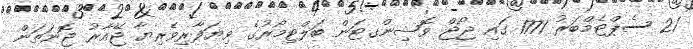
21 ސެޕްޓެމްބަރު 1771 ގައި ޖޯޖް ވޮޝިންގޓަން ބަލްޓިމޯރުގެ ވިޔަފާރިވެރިޔާ ޖޭއާރު ޖޮނަތަން